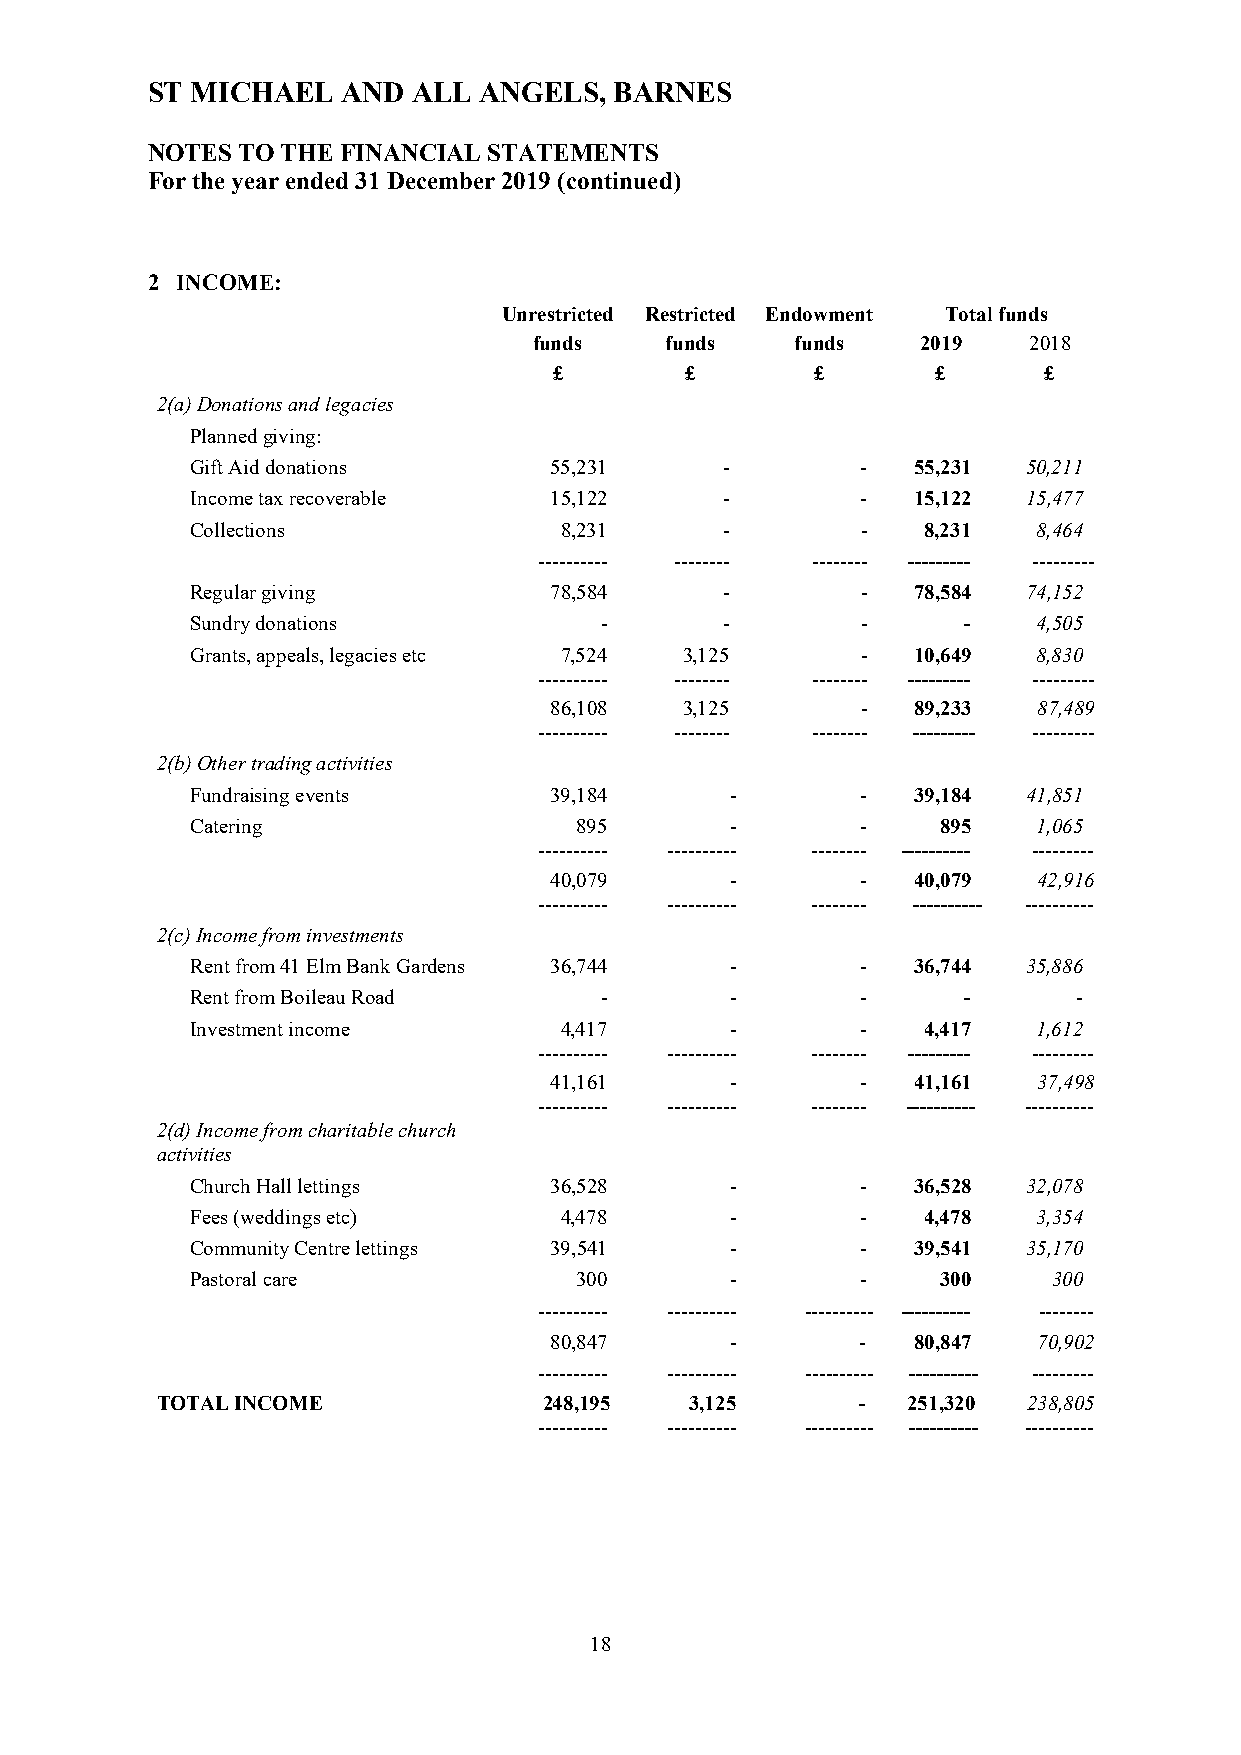
ST MICHAEL   AND ALL  ANGELS,  BARNES
 NOTES TO THE FINANCIAL STATEMENTS
 For the year ended 31 December 2019 (continued)
 2 INCOME:
 Unrestricted Restricted Endowment Total funds
 funds    funds    funds   2019   2018
 £       £        £       £      £
 2(a) Donations and legacies
 Planned giving:
 Gift Aid donations     55,231      -        -  55,231  50,211
 Income tax recoverable 15,122      -        -  15,122  15,477
 Collections             8,231      -        -   8,231   8,464
 ---------- -------- -------- --------- ---------
 Regular giving         78,584      -        -  78,584  74,152
 Sundry donations           -       -        -      -    4,505
 Grants, appeals, legacies etc 7,524 3,125   -  10,649   8,830
 ---------- -------- -------- --------- ---------
 86,108   3,125       -  89,233   87,489
 ---------- -------- -------- --------- ---------
 2(b) Other trading activities
 Fundraising events     39,184      -        -  39,184  41,851
 Catering                 895       -        -    895    1,065
 ---------- ---------- -------- ---------- ---------
 40,079      -        -  40,079   42,916
 ---------- ---------- -------- ---------- ----------
 2(c) Income from investments
 Rent from 41 Elm Bank Gardens 36,744 -      -  36,744  35,886
 Rent from Boileau Road     -       -        -      -      -
 Investment income       4,417      -        -   4,417   1,612
 ---------- ---------- -------- --------- ---------
 41,161      -        -  41,161   37,498
 ---------- ---------- -------- ---------- ----------
 2(d) Income from charitable church
 activities
 Church Hall lettings   36,528      -        -  36,528  32,078
 Fees (weddings etc)     4,478      -        -   4,478   3,354
 Community Centre lettings 39,541   -        -  39,541  35,170
 Pastoral care            300       -        -    300     300
 ---------- ---------- ---------- ---------- --------
 80,847      -        -  80,847   70,902
 ---------- ---------- ---------- ---------- ---------
 TOTAL INCOME              248,195   3,125      -  251,320 238,805
 ---------- ---------- ---------- ---------- ----------
 18